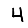
Digit: 4